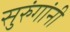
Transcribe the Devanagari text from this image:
सुरुंगांनी